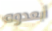
أبعدوه